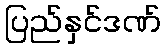
ပြည်နှင်ဒဏ်